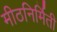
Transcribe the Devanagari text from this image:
मीठनिर्मिती